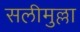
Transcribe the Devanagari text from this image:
सलीमुल्ला